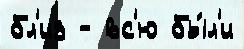
бл'из - вс'ю бы́л'и